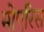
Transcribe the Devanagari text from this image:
मोएरिस